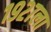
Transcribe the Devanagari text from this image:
१९२७ला